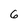
Character: 6